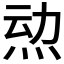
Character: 𱪿